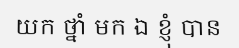
យក ថ្នាំ មក ឯ ខ្ញុំ បាន